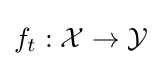
f_{t}:{\mathcal {X}}\rightarrow {\mathcal {Y}}